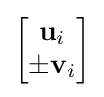
{\textstyle {\begin{bmatrix}\mathbf {u} _{i}\\\pm \mathbf {v} _{i}\end{bmatrix}}}